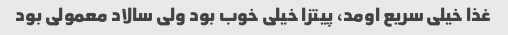
غذا خیلی سریع اومد، پیتزا خیلی خوب بود ولی سالاد معمولی بود